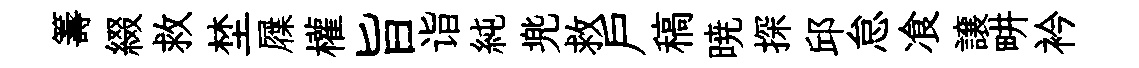
籌綴救埜屧權旨诣純兠救户稿暁探邱怠飡譲畊衿